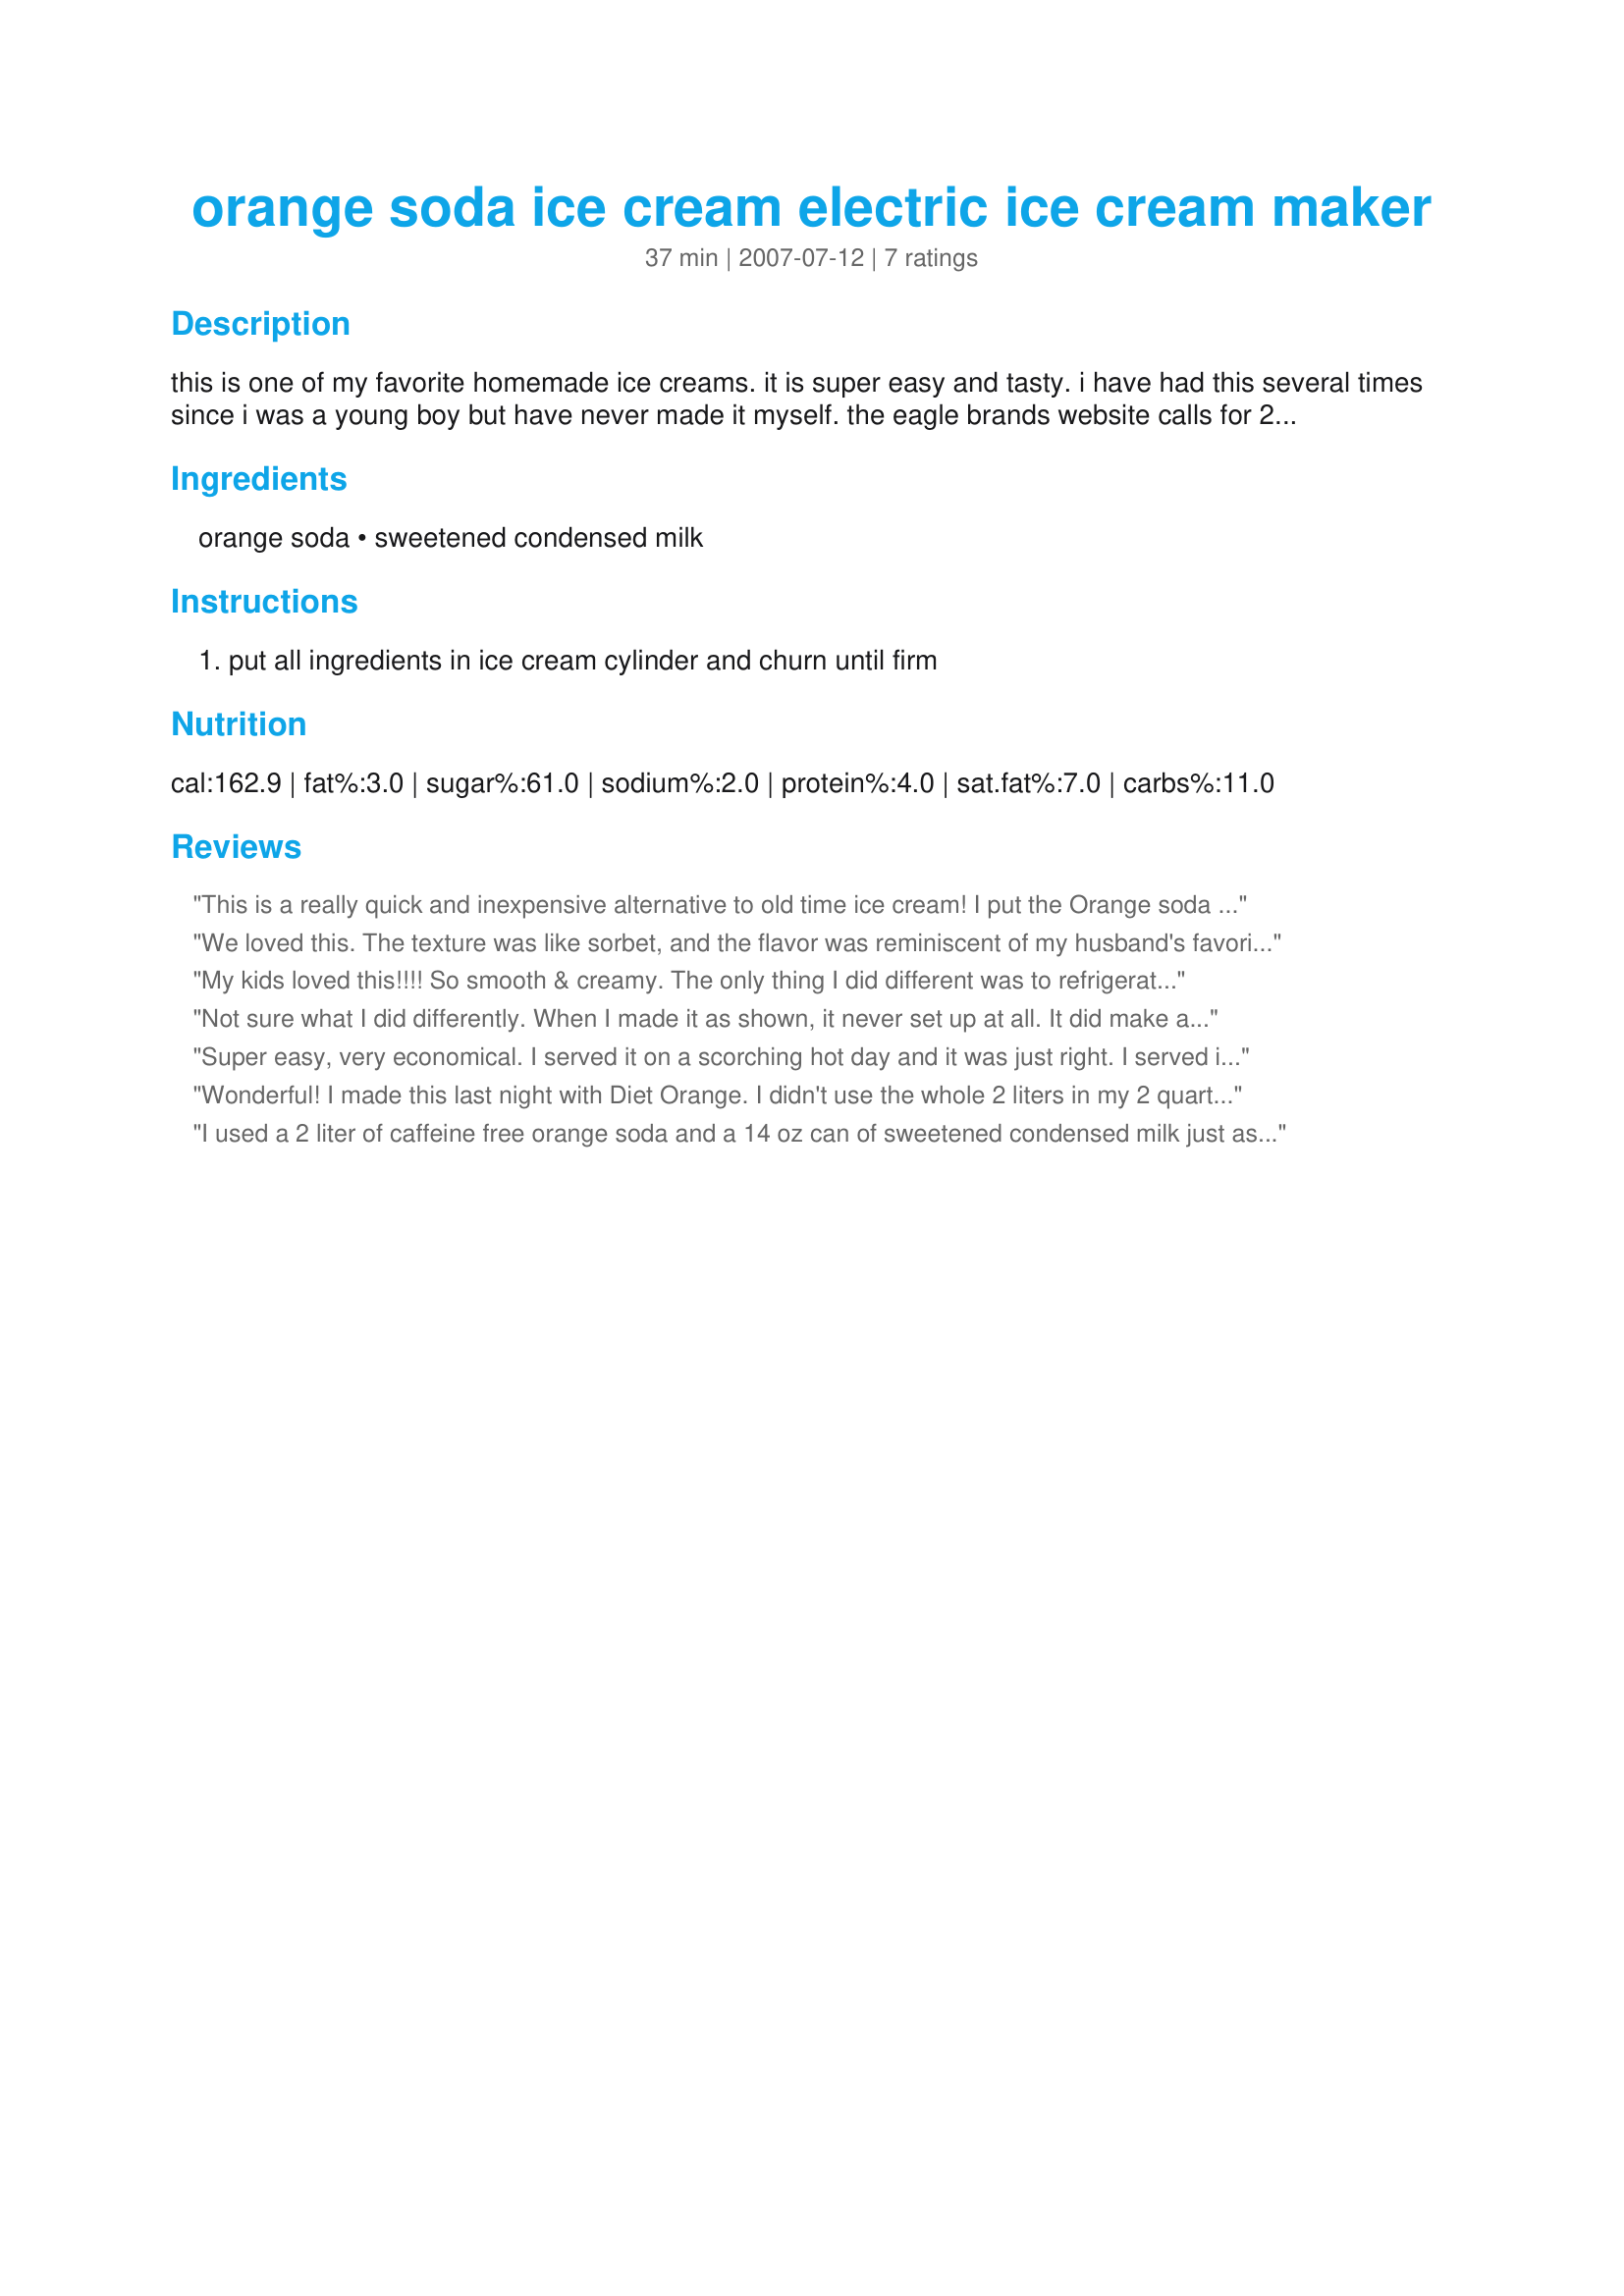
orange soda ice cream electric ice cream maker
Preparation time: 37 minutes

this is one of my favorite homemade ice creams. it is super easy and tasty. i have had this several times since i was a young boy but have never made it myself. the eagle brands website calls for 20 oz orange soda rather than 2 liters. i am pretty sure we used a 2 qt ice cream churn and most likely did not put the whole 2 liters in the recipe. also they call for 2 teaspoons of orange extract. you can also make this with other flavors.

Ingredients:
orange soda, sweetened condensed milk

Steps:
put all ingredients in ice cream cylinder and churn until firm

Reviews:
This is a really quick and inexpensive alternative to old time ice cream! I put the Orange soda in the freezer and the condensed milk in the fridge before putting in the ice cream maker and it took less than 30 minutes to freeze. The texture is somewhat different than regular ice cream, more like sherbert or sorbet but for the price, time and effort - you can't beat it.
We loved this. The texture was like sorbet, and the flavor was reminiscent of my husband's favorite Orange Cream Supreme icecream. I couldn't believe something so simple worked so well. My children are already imagining icecream with cream soda, rootbeer, grape...
My kids loved this!!!! So smooth & creamy. The only thing I did different was to refrigerate the ingredients for a short while before churning it. Thanks for this easy recipe.
Not sure what I did differently. When I made it as shown, it never set up at all. It did make a really good drink, though. Then I found a similar recipe on the Eagle Brand website. They used 20 oz of soda to a 14 oz can of SCM. This worked much better - set up just like a sorbet. Stars for flavor, and for getting me on the track to the recipe I had success with.
Super easy, very economical. I served it on a scorching hot day and it was just right. I served it soft in a tall glass with whipped topping.
Wonderful! I made this last night with Diet Orange. I didn't use the whole 2 liters in my 2 quart machine not enough room to fit it! None the less most did fit and the results were great. As said before, very econominal. Can't wait to try again, maybe some limey soda might be like key-lime pie!
I used a 2 liter of caffeine free orange soda and a 14 oz can of sweetened condensed milk just as the recipe calls for. I chilled both the canister in the fridge for a couple hours before firing up the ice cream maker. I followed the instructions for my maker and placed the ice cream/sorbet mixture in the freezer for my family to try once it was done freezing in the maker. It tastes MUCH like a dreamcicle and I cannot wait to try other type of soda - grape being the first on my list, I am going to forget that &quot;easy&quot; pudding and half/half recipe. For the money and time you can&#039;t beat this recipe.
